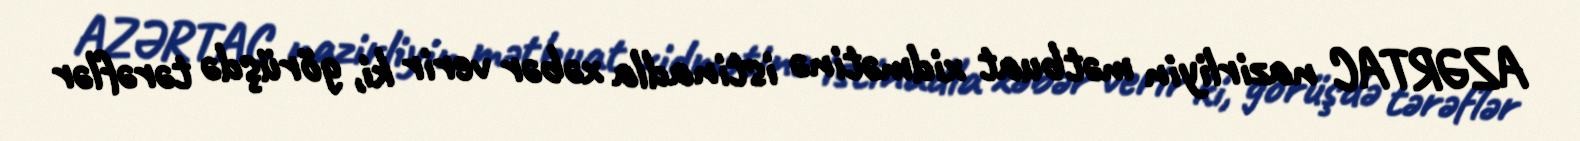
AZƏRTAC nazirliyin mətbuat xidmətinə istinadla xəbər verir ki, görüşdə tərəflər